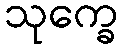
သုက္ခေ